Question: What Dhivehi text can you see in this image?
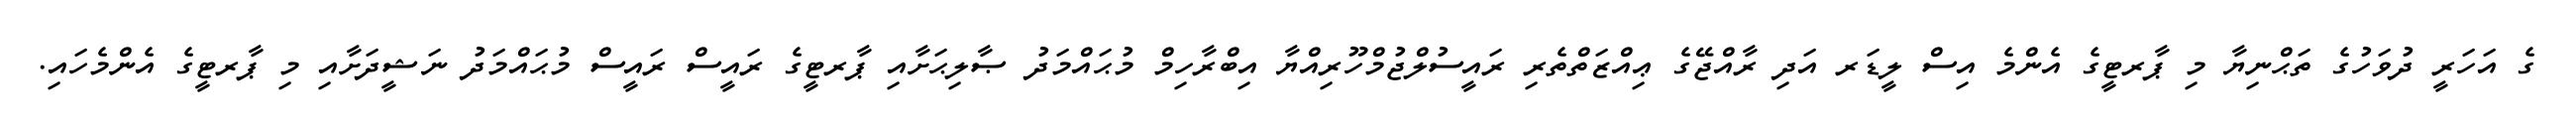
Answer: ގެ އަހަރީ ދުވަހުގެ ތަޙްނިޔާ މި ޕާރޓީގެ އެންމެ އިސް ލީޑަރ އަދި ރާއްޖޭގެ ޢިއްޒަތްތެރި ރައީސުލްޖުމްހޫރިއްޔާ އިބްރާހިމް މުޙައްމަދު ޞާލިޙަށާއި ޕާރޓީގެ ރައީސް ރައީސް މުޙައްމަދު ނަޝީދަށާއި މި ޕާރޓީގެ އެންމެހައި.